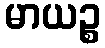
မာယဉ္စ